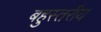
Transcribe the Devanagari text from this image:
बहुस्‍तरीय